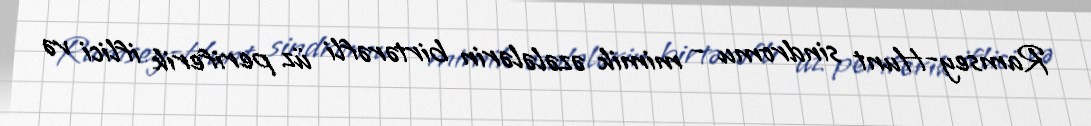
Ramsey-Hunt sindromu - mimik əzələlərin birtərəfli üz periferik iflici və